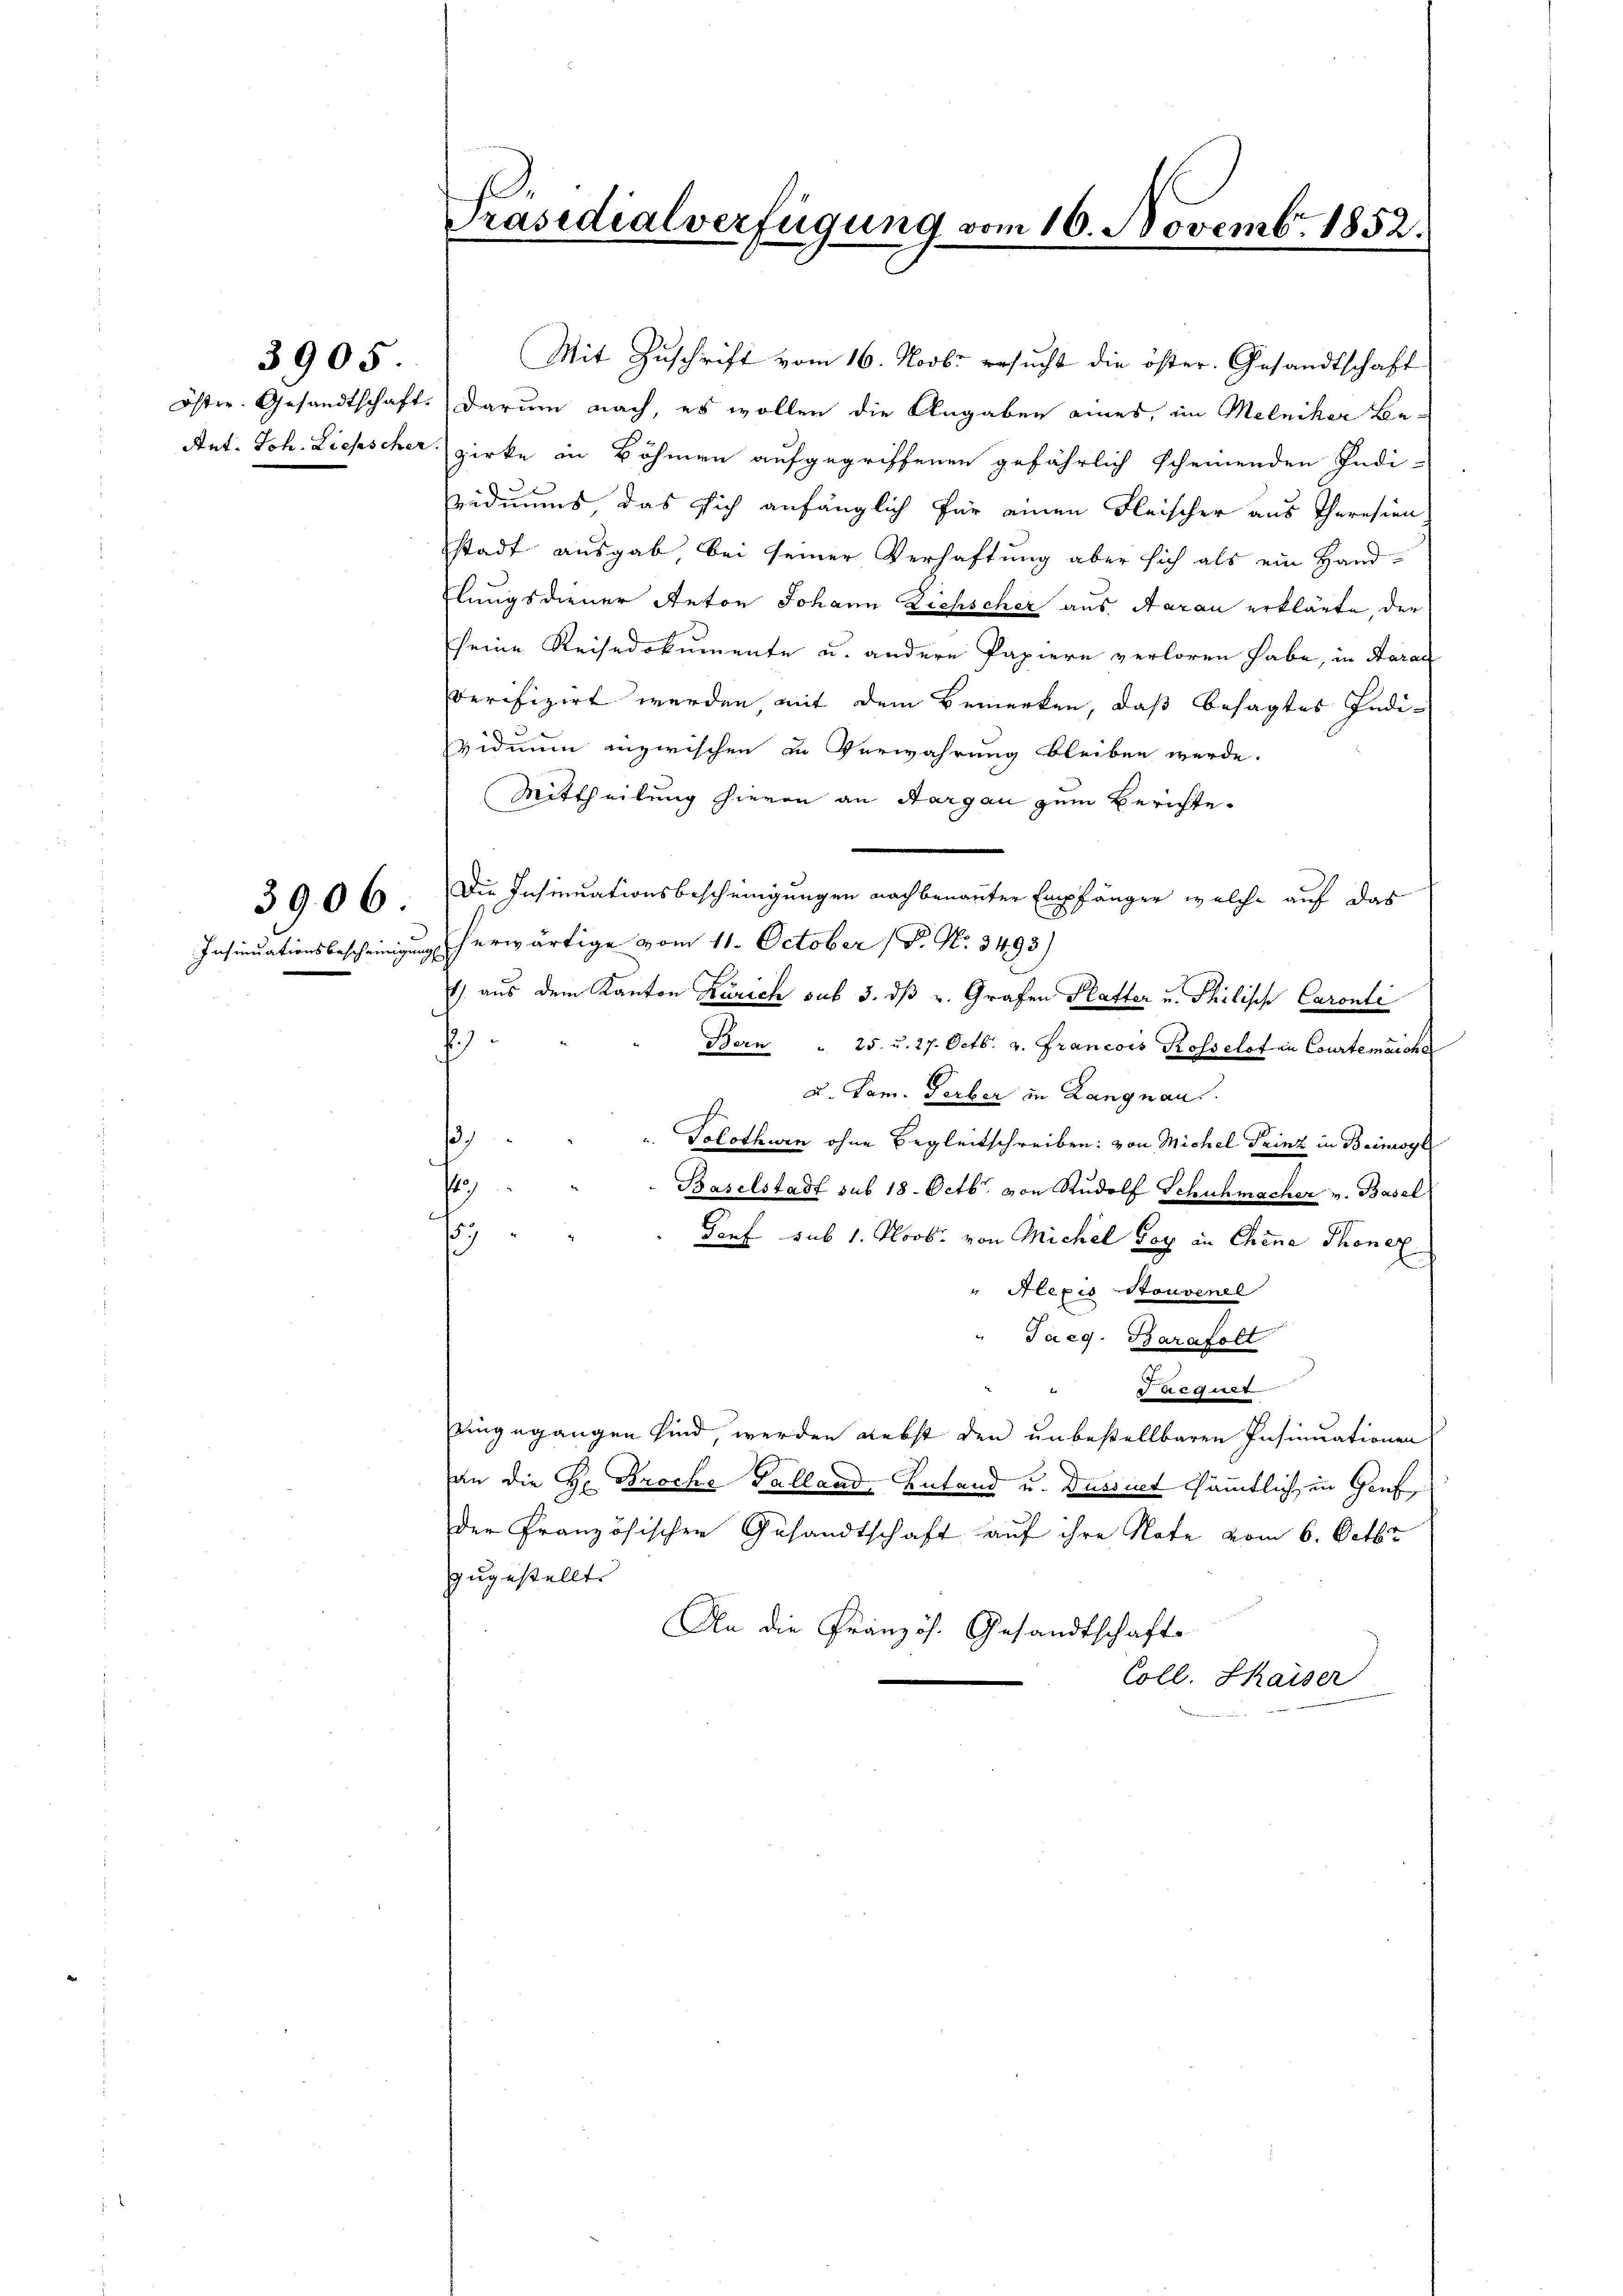
öster. Gesandtschaft.
Ant. Joh. Liefescher

3905

3906

Präsidialverfügung vom 16. Novemb. 1852.

Mit Zuschrift vom 16. Novbr ersucht die öster. Gesandtschaft
darum nach, es wollen die Angaben eines, im Melniker Bezirke in Böhmen aufgegriffenen gefährlich scheinenden Indi-
viduums das sich anfänglich für einen Fleischer aus Theresien
stadt ausgab, bei seiner Verhaftung aber sich als ein Hand-
Elungsdiener Anton Johann Zichscher aus Aarau erklärte, der
seine Reisedokumente u. andere Papiere verloren habe, in Aarau
Verifizirt werden mit dem Bemerken, daß besagtes Individmen inzwischen in Verwahrung bleiben werde.
Mittheilung hievon an Aargau zum Berichte.
Insinuationsbescheinigung herwärtige vom 11. October (P. N. 3493)
1) aus dem Kanton Zürich sub 3. dβ u. Grafen Platter u. Philische Caroli
.
Bern . 25. u. 27. Octb. v. Francois Rosselot in Courtemarche
 Lam. Serber in Langnau.
)
Tolothwen ohne Begleitschreiben: von Michel Trinz in Beimoyl
142
Baselstadt sub 18. Octb. von Rudolf Schuhmacher v. Basel
f
Genf sub 1. Novbr. von Michel Sey in Chine Thoner
" Alexis Souvenel
" Paeg. Barafolt
aegart
eingegangen sind, werden nebst den unbestellbaren Insinuationen
an die Hr. Broche Galland, Antand u. Dursiret sämmtlich in Genf
der Französischen Gesandtschaft auf ihre Note vom 6. Octbr.
zugestellte
An die Französ. Gesandtschaft
Coll. Shaiser

Die Insinuationsbescheingungen nachbenannter Empfänger welche auf das